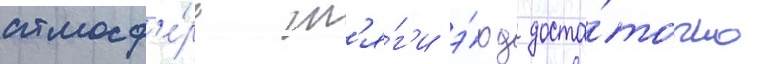
атмосф'е́ры т'я́г'и э́рд доста́точно